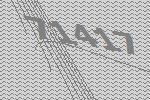
71417